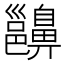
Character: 𪖵